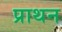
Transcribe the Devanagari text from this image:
प्राथन